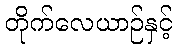
တိုက်လေယာဉ်နှင့်